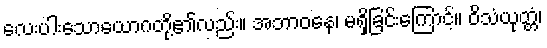
လေးပါးသောယောဂတို့၏လည်း။ အဘာဝနေ၊ မရှိခြင်းကြောင့်။ ဝိသံယုတ္တံ၊